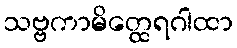
သဗ္ဗကာမိတ္ထေရဂါထာ